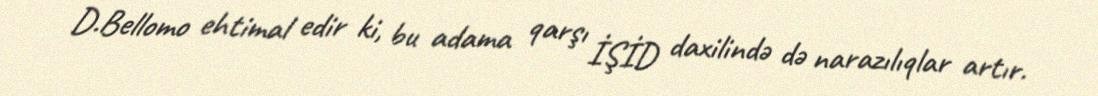
D.Bellomo ehtimal edir ki, bu adama qarşı İŞİD daxilində də narazılıqlar artır.